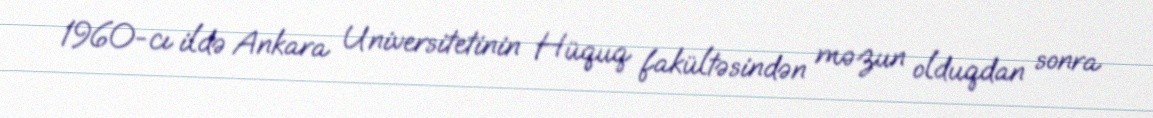
1960-cı ildə Ankara Universitetinin Hüquq fakültəsindən məzun olduqdan sonra